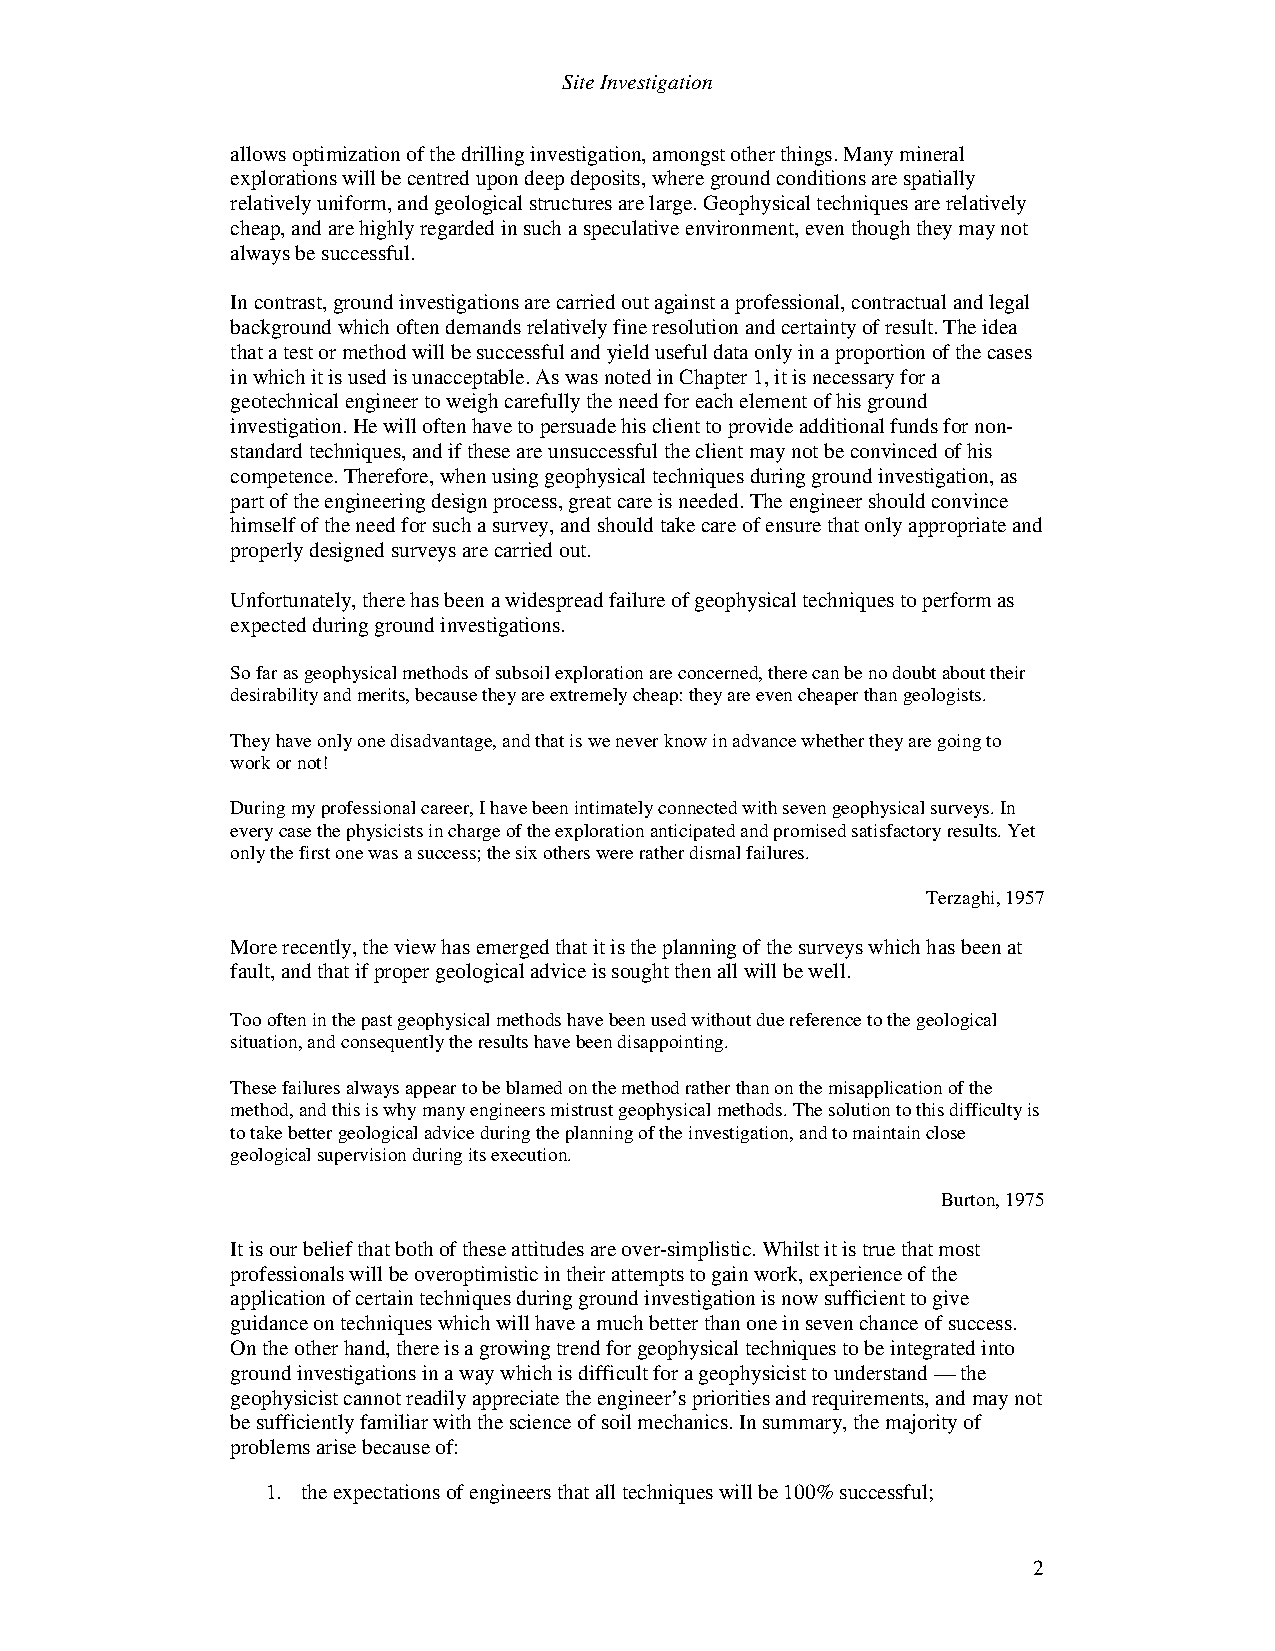
Site Investigation
 allows optimization of the drilling investigation, amongst other things. Many mineral
 explorations will be centred upon deep deposits, where ground conditions are spatially
 relatively uniform, and geological structures are large. Geophysical techniques are relatively
 cheap, and are highly regarded in such a speculative environment, even though they may not
 always be successful.
 In contrast, ground investigations are carried out against a professional, contractual and legal
 background which often demands relatively fine resolution and certainty of result. The idea
 that a test or method will be successful and yield useful data only in a proportion of the cases
 in which it is used is unacceptable. As was noted in Chapter 1, it is necessary for a
 geotechnical engineer to weigh carefully the need for each element of his ground
 investigation. He will often have to persuade his client to provide additional funds for non-
 standard techniques, and if these are unsuccessful the client may not be convinced of his
 competence. Therefore, when using geophysical techniques during ground investigation, as
 part of the engineering design process, great care is needed. The engineer should convince
 himself of the need for such a survey, and should take care of ensure that only appropriate and
 properly designed surveys are carried out.
 Unfortunately, there has been a widespread failure of geophysical techniques to perform as
 expected during ground investigations.
 So far as geophysical methods of subsoil exploration are concerned, there can be no doubt about their
 desirability and merits, because they are extremely cheap: they are even cheaper than geologists.
 They have only one disadvantage, and that is we never know in advance whether they are going to
 work or not!
 During my professional career, I have been intimately connected with seven geophysical surveys. In
 every case the physicists in charge of the exploration anticipated and promised satisfactory results. Yet
 only the first one was a success; the six others were rather dismal failures.
 Terzaghi, 1957
 More recently, the view has emerged that it is the planning of the surveys which has been at
 fault, and that if proper geological advice is sought then all will be well.
 Too often in the past geophysical methods have been used without due reference to the geological
 situation, and consequently the results have been disappointing.
 These failures always appear to be blamed on the method rather than on the misapplication of the
 method, and this is why many engineers mistrust geophysical methods. The solution to this difficulty is
 to take better geological advice during the planning of the investigation, and to maintain close
 geological supervision during its execution.
 Burton, 1975
 It is our belief that both of these attitudes are over-simplistic. Whilst it is true that most
 professionals will be overoptimistic in their attempts to gain work, experience of the
 application of certain techniques during ground investigation is now sufficient to give
 guidance on techniques which will have a much better than one in seven chance of success.
 On the other hand, there is a growing trend for geophysical techniques to be integrated into
 ground investigations in a way which is difficult for a geophysicist to understand — the
 geophysicist cannot readily appreciate the engineer’s priorities and requirements, and may not
 be sufficiently familiar with the science of soil mechanics. In summary, the majority of
 problems arise because of:
 1. the expectations of engineers that all techniques will be 100% successful;
 2